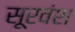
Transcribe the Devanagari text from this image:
सूरवंश